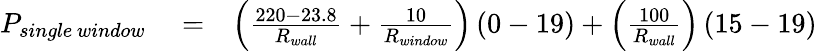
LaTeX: \begin{array}{rlr}{P_{single\, window}}&{{}=}&{\left(\frac{220-23.8}{R_{wall}}+\frac{10}{R_{window}}\right)\left(0-19\right)+\left(\frac{100}{R_{wall}}\right)\left(15-19\right)}\end{array}